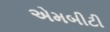
એમબીટી